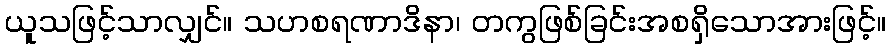
ယူသဖြင့်သာလျှင်။ သဟစရဏာဒိနာ၊ တကွဖြစ်ခြင်းအစရှိသောအားဖြင့်။